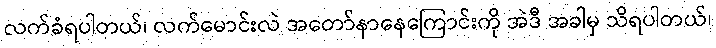
လက်ခံရပါတယ်၊ လက်မောင်းလဲ အတော်နာနေကြောင်းကို အဲဒီ အခါမှ သိရပါတယ်၊